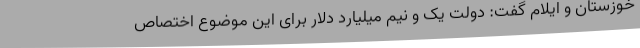
خوزستان و ایلام گفت: دولت یک و نیم میلیارد دلار برای این موضوع اختصاص